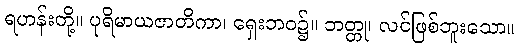
ရဟန်းတို့။ ပုရိမာယဇာတိကာ၊ ရှေးဘဝ၌။ ဘတ္တု၊ လင်ဖြစ်ဘူးသော။